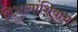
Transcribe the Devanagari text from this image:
विभागांशिवाय